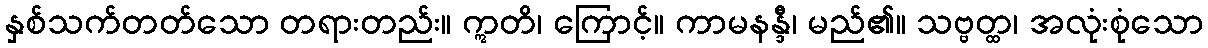
နှစ်သက်တတ်သော တရားတည်း။ ဣတိ၊ ကြောင့်။ ကာမနန္ဒီ၊ မည်၏။ သဗ္ဗတ္ထ၊ အလုံးစုံသော